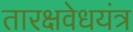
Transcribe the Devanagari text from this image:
तारक्षवेधयंत्र